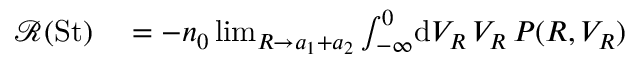
\begin{array} { r l } { \mathscr { R } ( { \mathrm { S t } } ) } & { { } = - n _ { 0 } \operatorname* { l i m } _ { R \to a _ { 1 } + a _ { 2 } } \int _ { - \infty } ^ { 0 } \! \mathrm { d } V _ { R } \, V _ { R } \, P ( R , V _ { R } ) } \end{array}